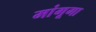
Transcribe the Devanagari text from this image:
मांगूगा